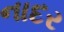
નાદર